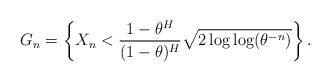
LaTeX: \begin{align*}G_{n}=\left\{ X_{n}<\frac{1-\theta^{H}}{(1-\theta)^{H}}\sqrt{2\log\log(\theta^{-n})}\right\} .\end{align*}